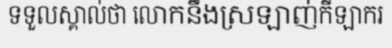
ទទួលស្គាល់ថា លោកនឹងស្រឡាញ់កីឡាករ